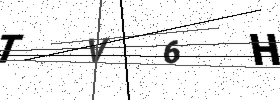
Text: TV6H